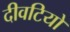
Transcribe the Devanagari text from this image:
दीवटियो